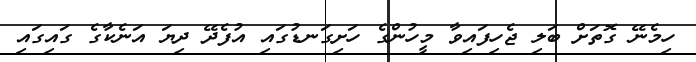
ހިމެނޭ ގޮތަށް ބަލި ޖެހިފައިވާ މީހުންގެ ހަށިގަނޑުގައި އުފެދޭ ދިޔަ އަނެކާގެ ގައިގައި